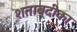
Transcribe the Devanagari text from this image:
शताब्दीका